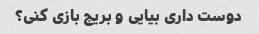
دوست داری بیایی و بریج بازی کنی؟